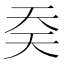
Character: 𰋟